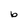
Character: b